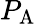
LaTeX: P_{\mathrm{A}}